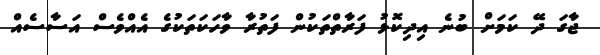
ޖާގަ ދޭ ކަމަށް ބުނެ އިދިކޮޅު ފަރާތްތަކުން ފަތުރާ ވާހަކަތަކުގެ އެއްވެސް އަސާސެއް